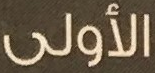
الأولى